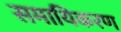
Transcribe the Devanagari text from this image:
समायिकरण